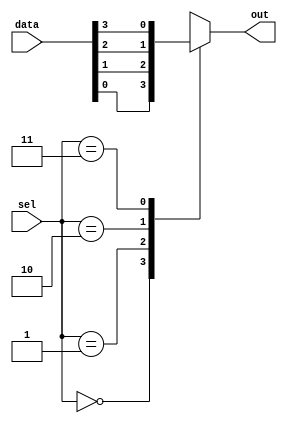
module mux4to1 (
    input wire [3:0] data,   // 4 inputs for the multiplexer
    input wire [1:0] sel,    // 2-bit select signal
    output reg out           // Output of the multiplexer
);

    // Always block for combinational logic
    always @(*) begin
        case (sel)
            2'b00: out = data[0]; // Select input 0
            2'b01: out = data[1]; // Select input 1
            2'b10: out = data[2]; // Select input 2
            2'b11: out = data[3]; // Select input 3
            default: out = 1'b0;   // Default case
        endcase
    end

endmodule